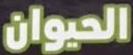
الحيوان